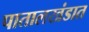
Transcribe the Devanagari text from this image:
पातालखंडात